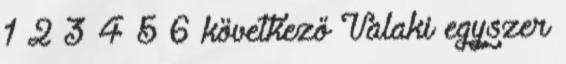
1 2 3 4 5 6 következő Valaki egyszer